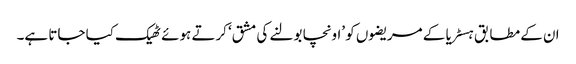
ان کے مطابق ہسٹریا کے مریضوں کو ’اونچا بولنے کی مشق‘ کرتے ہوئے ٹھیک کیا جاتا ہے۔